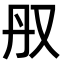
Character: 𫨳